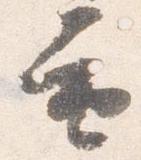
重